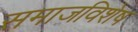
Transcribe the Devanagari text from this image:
समाजविशेष